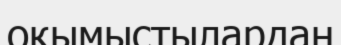
оқымыстылардан